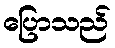
ပြောသည်